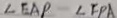
\angle E A P - \angle F P A